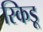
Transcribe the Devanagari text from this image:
स्किडू